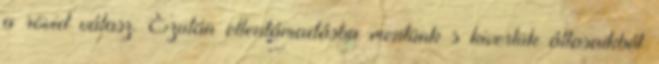
a rövid válasz. Ezután ellentámadásba mentünk s kivertük állasaikból